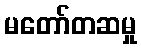
မတော်တဆမှု